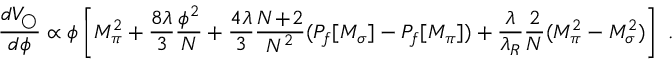
{ \frac { d V _ { \bigcirc } } { d \phi } } \propto \phi \left[ M _ { \pi } ^ { 2 } + { \frac { 8 \lambda } { 3 } } { \frac { \phi ^ { 2 } } { N } } + { \frac { 4 \lambda } { 3 } } { \frac { N \! + \! 2 } { N ^ { 2 } } } ( P _ { f } [ M _ { \sigma } ] - P _ { f } [ M _ { \pi } ] ) + { \frac { \lambda } { \lambda _ { R } } } { \frac { 2 } { N } } ( M _ { \pi } ^ { 2 } - M _ { \sigma } ^ { 2 } ) \right] ~ .